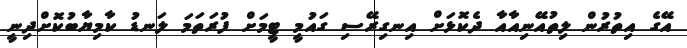
އޭގެ އިތުރުން ލިތުއޭނިއާއާ ދެކޮޅަށް އިނގިރޭސި ގައުމީ ޓީމަށް ފުރަތަމަ ލަނޑު ކާމިޔާބުކޮށްދިނީ